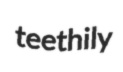
teethily